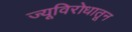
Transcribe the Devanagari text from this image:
ज्यूविरोधातून